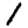
Digit: 1